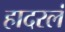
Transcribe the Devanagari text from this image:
हादरलं